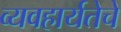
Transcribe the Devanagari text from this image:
व्यवहार्यतेचे